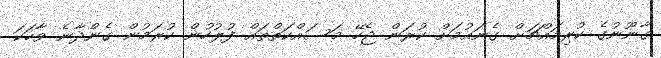
ގާނޫނުގެ ކުރިމައްޗަށް ގެނައުމަށް ކުރަން ޖެހޭ މަސައްކަތްތައް ފުލުހުން ކުރަމުން ގެންދާނެ ވާހަކަ